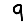
Digit: 9